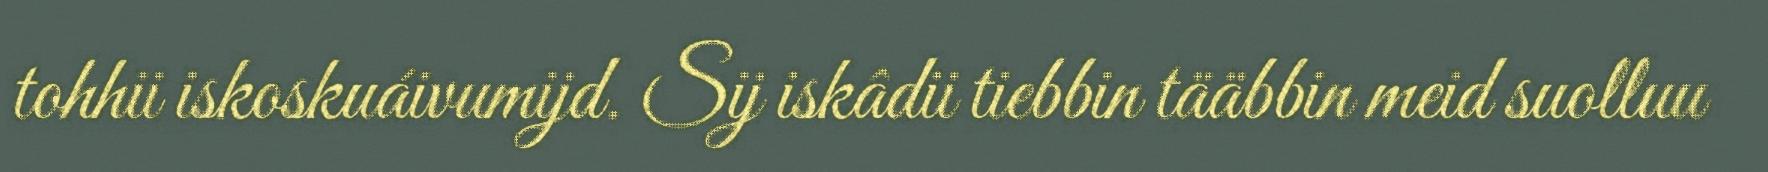
tohhii iskoskuáivumijd. Sij iskâdii tiebbin tääbbin meid suolluu